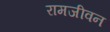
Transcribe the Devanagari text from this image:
रामजीवन